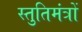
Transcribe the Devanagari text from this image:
स्तुतिमंत्रों